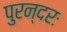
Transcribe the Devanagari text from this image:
पुरन्दरः